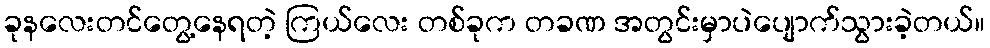
ခုနလေးတင်တွေ့နေရတဲ့ ကြယ်လေး တစ်ခုက တခဏ အတွင်းမှာပဲပျောက်သွားခဲ့တယ်။